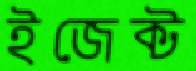
ইজেক্ট